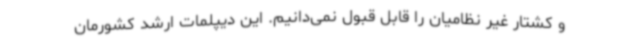
و کشتار غیر نظامیان را قابل قبول نمی‌دانیم. این دیپلمات ارشد کشورمان